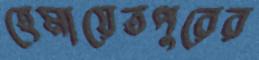
হেমায়েতপুরের